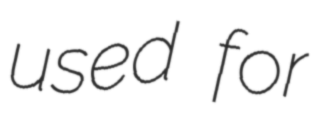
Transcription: used for